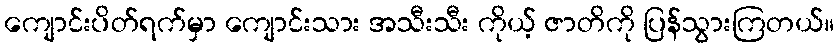
ကျောင်းပိတ်ရက်မှာ ကျောင်းသား အသီးသီး ကိုယ့် ဇာတိကို ပြန်သွားကြတယ်။